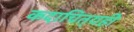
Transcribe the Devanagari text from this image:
कदाचित्‌यही